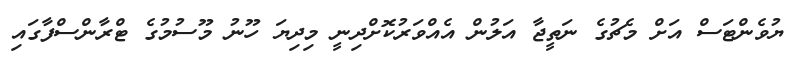
ޔުވެންޓަސް އަށް މެޗުގެ ނަތީޖާ އަލުން އެއްވަރުކޮށްދިނީ މިދިޔަ ހޫނު މޫސުމުގެ ޓްރާންސްފާގައި